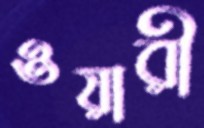
ওয়ারী